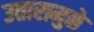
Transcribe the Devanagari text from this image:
उतारामुळे